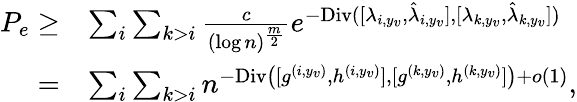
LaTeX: \begin{array}{rl}{P_{e}\geq}&{\sum_{i}\sum_{k>i}\frac{c}{(\log n)^{\frac{m}{2}}}e^{-\textup{Div}([{\lambda_{i,y_{v}}},{\hat{\lambda}_{i,y_{v}}}],[{\lambda_{k,y_{v}}},{\hat{\lambda}_{k,y_{v}}}])}}\\ {=}&{\sum_{i}\sum_{k>i}n^{-\textup{Div}\big([{g^{(i,y_{v})}},{h^{(i,y_{v})}}],[{g^{(k,y_{v})}},{h^{(k,y_{v})}}]\big)+o(1)},}\end{array}